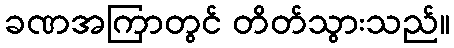
ခဏအကြာတွင် တိတ်သွားသည်။